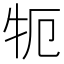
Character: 𰠪